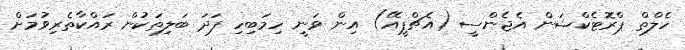
ހެލްތް ޕްރޮޓެކްޝަން އެޖެންސީ (އެޗްޕީއޭ) އިން ވަނީ ހިމަބިހި ފަދަ ބަލިތަކުން ރައްކާތެރިވުމަށް